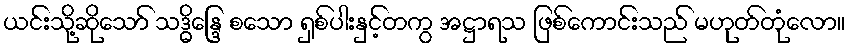
ယင်းသို့ဆိုသော် သဒ္ဓိန္ဒြေ စသော ရှစ်ပါးနှင့်တကွ အဋ္ဌာရသ ဖြစ်ကောင်းသည် မဟုတ်တုံလော။